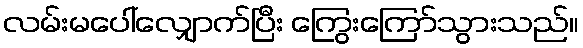
လမ်းမပေါ်လျှောက်ပြီး ကြွေးကြော်သွားသည်။